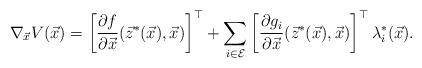
LaTeX: \begin{align*}\nabla_{\vec{x}}V(\vec{x}) =\left[\dfrac{\partial f}{\partial \vec{x}}(\vec{z}^{*}(\vec{x}),\vec{x})\right]^{\top}+\sum\limits_{i\in\mathcal{E}}\left[ \dfrac{\partial g_{i}}{\partial \vec{x}}(\vec{z}^{*}(\vec{x}), \vec{x})\right]^{\top}\lambda_{i}^{*}(\vec{x}).\end{align*}